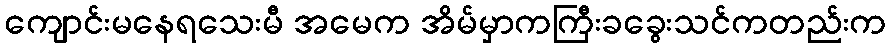
ကျောင်းမနေရသေးမီ အမေက အိမ်မှာကကြီးခခွေးသင်ကတည်းက